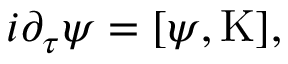
i \partial _ { \tau } \psi = [ \psi , \mathrm { K } ] ,